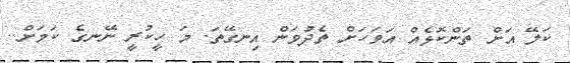
ކަލޭ އަށް ތަންކޮޅެއް އަވަހަށް ތެދުވަން އިނގޭތަ. މަ ހީކުރީ ނޭނގެ ކަމަށް..